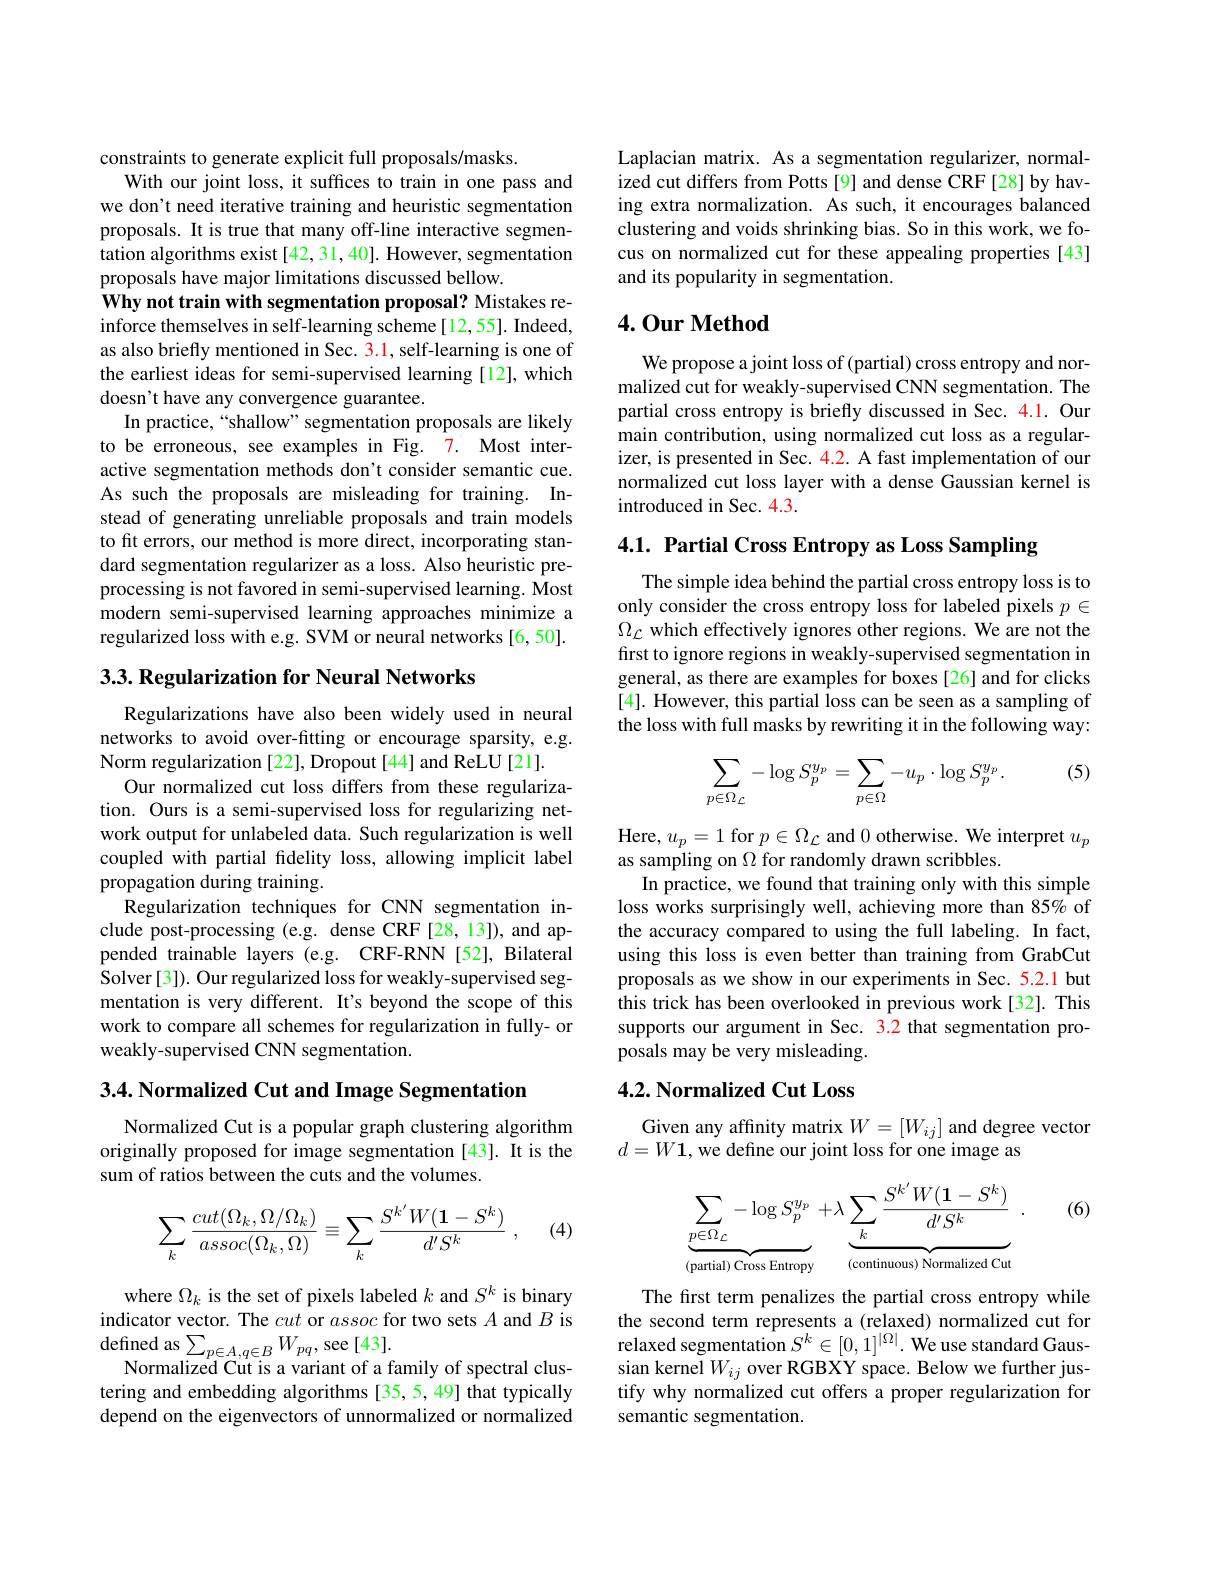
constraints to generate explicit full proposals/masks.
With our joint loss, it suffices to train in one pass and we don't need iterative training and heuristic segmentation proposals. It is true that many off-line interactive segmentation algorithms exist [42, 31, 40]. However, segmentation proposals have major limitations discussed bellow.
Why not train with segmentation proposal? Mistakes reinforce themselves in self-learning scheme[12,55]. Indeed, as also briefly mentioned in Sec. 3.1, self-learning is one of the earliest ideas for semi-supervised learning [12], which doesn't have any convergence guarantee.
In practice, “shallow” segmentation proposals are likely to be erroneous, see examples in Fig. 7. Most interactive segmentation methods don't consider semantic cue. As such the proposals are misleading for training. Instead of generating unreliable proposals and train models to fit errors, our method is more direct, incorporating standard segmentation regularizer as a loss. Also heuristic preprocessing is not favored in semi-supervised learning. Most modern semi-supervised learning approaches minimize a regularized loss with e.g. SVM or neural networks [6,50].

## $3. 3. \textbf{Regularization for Neural Networks}$

Regularizations have also been widely used in neural networks to avoid over-fitting or encourage sparsity, e.g. Norm regularization [22], Dropout [44] and ReLU[21].
Our normalized cut loss differs from these regularization. Ours is a semi-supervised loss for regularizing network output for unlabeled data. Such regularization is well coupled with partial fdelity loss, allowing implicit label propagation during training.
Regularization techniques for CNN segmentation include post-processing (e.g. dense CRF[28,13]), and appended trainable layers (e.g. CRF-RNN [52], Bilateral Solver[3]). Our regularized loss for weakly-supervised segmentation is very different. It's beyond the scope of this work to compare all schemes for regularization in fully- or weakly-supervised CNN segmentation.

3.4. Normalized Cut and Image Segmentation

Normalized Cut is a popular graph clustering algorithm originally proposed for image segmentation [43]. It is the sum of ratios between the cuts and the volumes.

(4)
$$\begin{aligned}\sum_k\frac{cut(\Omega_k,\Omega/\Omega_k)}{assoc(\Omega_k,\Omega)}&\equiv\sum_k\frac{S^{k'}W(\mathbf{1}-S^k)}{d'S^k}\:,\end{aligned}$$
where $\Omega_k$ is the set of pixels labeled $k$ and $S^k$ is binary indicator vector. The cut or assoc for two sets $A$ and $B$ is defined as$\sum_p\in A,q\in BW_{pq}$,see[43].
Normalized Cut is a variant of a family of spectral clustering and embedding algorithms [35, 5, 49] that typically depend on the eigenvectors of unnormalized or normalized

Laplacian matrix. As a segmentation regularizer, normalized cut differs from Potts [9] and dense CRF [28] by having extra normalization. As such, it encourages balanced clustering and voids shrinking bias. So in this work, we focus on normalized cut for these appealing properties [43] and its popularity in segmentation.

## 4.0ur Method

We propose a joint loss of (partial) cross entropy and normalized cut for weakly-supervised CNN segmentation. The partial cross entropy is briefly discussed in Sec. 4.1. Our main contribution, using normalized cut loss as a regularizer, is presented in Sec. 4.2. A fast implementation of our normalized cut loss layer with a dense Gaussian kernel is introduced in Sec. 4.3.

4.1. Partial Cross Entropy as Loss Sampling

The simple idea behind the partial cross entropy loss is to only consider the cross entropy loss for labeled pixels $p\in$ $\Omega_{\mathcal{L}}$ which effectively ignores other regions. We are not the first to ignore regions in weakly-supervised segmentation in general, as there are examples for boxes [26] and for clicks [4]. However, this partial loss can be seen as a sampling of the loss with full masks by rewriting it in the following way:

(5)
$$\sum_{p\in\Omega_{\mathcal{L}}}-\log S_{p}^{y_{p}}=\sum_{p\in\Omega}-u_{p}\cdot\log S_{p}^{y_{p}}.$$
Here, $u_{p}= 1$ for $p\in\Omega_{\mathcal{L}}$ and 0 otherwise. We interpret $u_p$
as sampling on $\Omega$ for randomly drawn scribbles.
In practice, we found that training only with this simple loss works surprisingly well, achieving more than 85% of the accuracy compared to using the full labeling. In fact, using this loss is even better than training from GrabCut proposals as we show in our experiments in Sec. 5.2.1 but this trick has been overlooked in previous work [32]. This supports our argument in Sec. 3.2 that segmentation proposals may be very misleading.

## $4. 2. \textbf{ Normalized Cut Loss}$

Given any affinity matrix $W=[W_{ij}]$ and degree vector
$d=W\mathbf{1}$, we define our joint loss for one image as

(6)
$$\sum_{\underbrace{p\in\Omega_{\mathcal{L}}}_{\text{(partial) Cross Entropy}}}-\log S_{p}^{y_{p}}\:+\lambda\sum_{k}\frac{S^{k^{\prime}}W(\mathbf{1}-S^{k})}{d^{\prime}S^{k}}\:.\\\text{(continuous) Normalized Cut}$$
The frst term penalizes the partial cross entropy while the second term represents a (relaxed) normalized cut for relaxed segmentation $S^k\in[0,1]^{|\Omega|}.$ We use standard Gaussian kernel $W_{ij}$ over RGBXY space. Below we further justify why normalized cut offers a proper regularization for semantic segmentation.